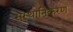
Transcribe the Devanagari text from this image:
संस्थानिकरण